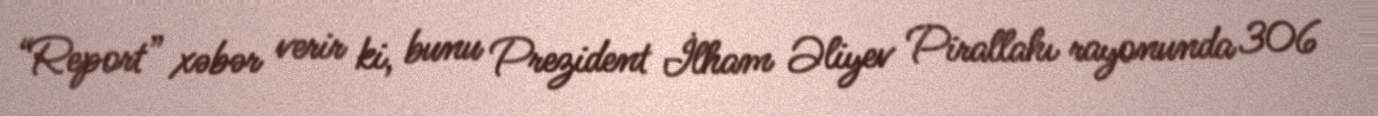
“Report” xəbər verir ki, bunu Prezident İlham Əliyev Pirallahı rayonunda 306